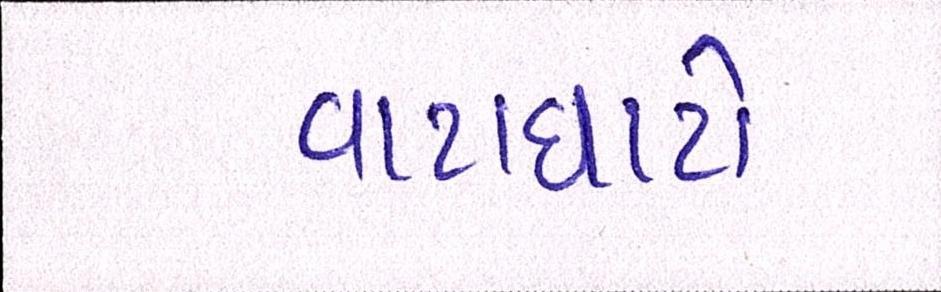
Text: વાટાઘાટો